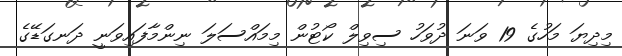
މިދިޔަ މަހުގެ 19 ވަނަ ދުވަހު ސިވިލް ކޯޓުން މިމައްސަލަ ނިންމާފައިވަނީ ދަނގަޑޭގެ